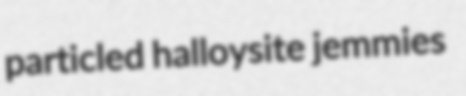
particled halloysite jemmies